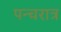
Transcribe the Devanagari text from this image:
पन्चरात्र